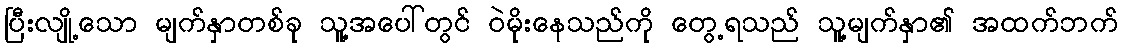
ပြီးလျို့သော မျက်နှာတစ်ခု သူ့အပေါ်တွင် ဝဲမိုးနေသည်ကို တွေ့ရသည် သူ့မျက်နှာ၏ အထက်ဘက်